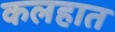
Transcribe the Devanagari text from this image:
कलहात